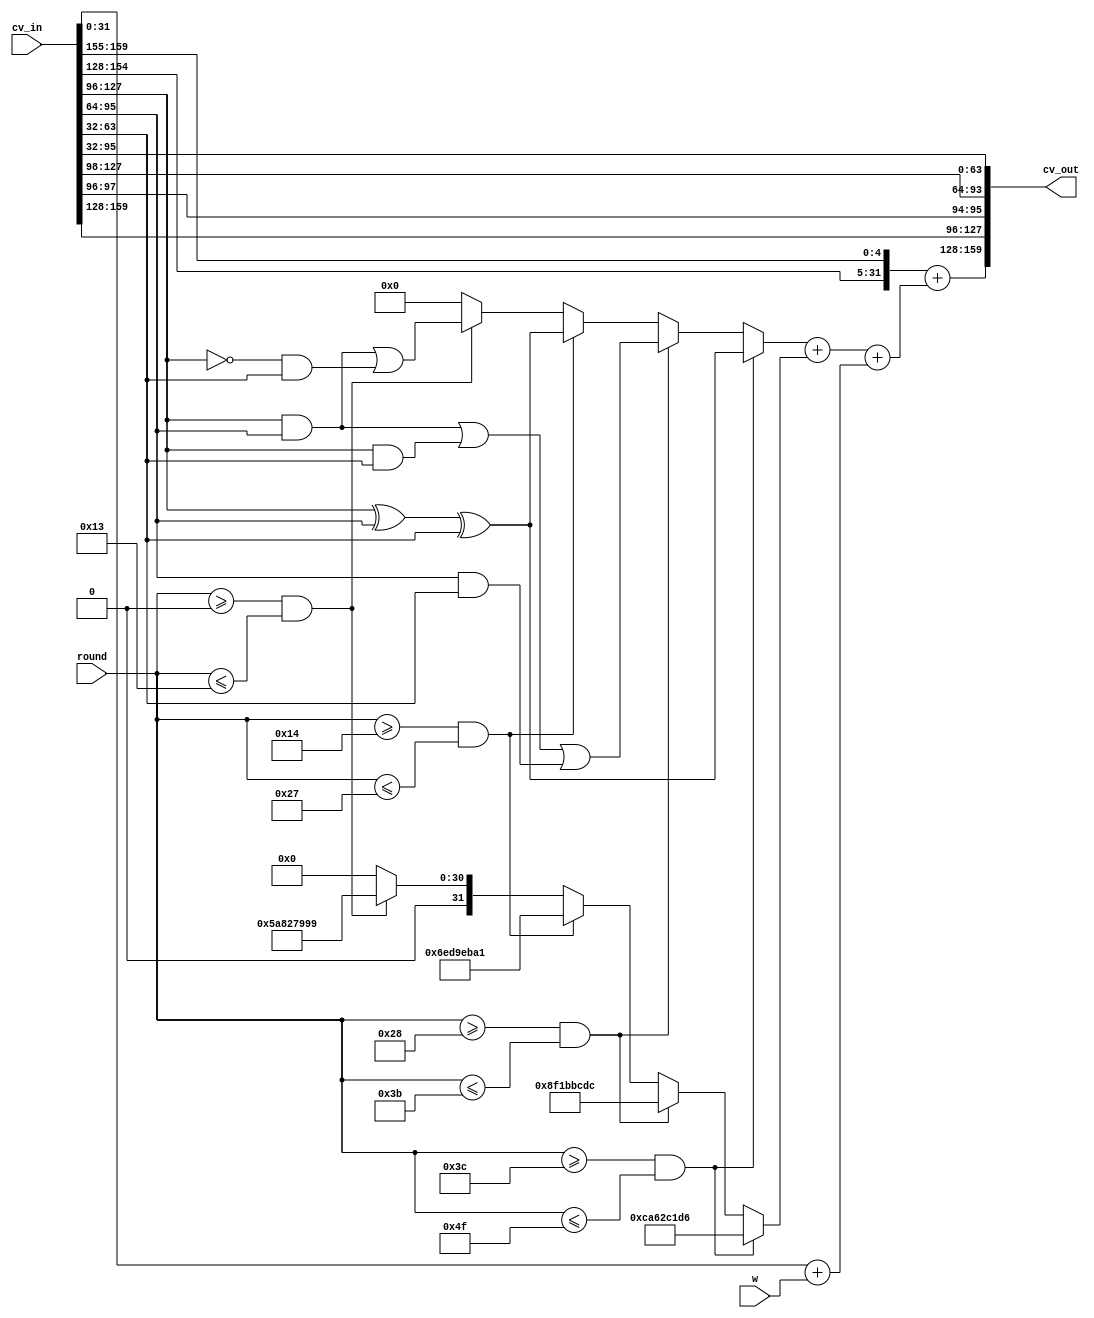
module sha1_round (cv_in, w, round, cv_out);

   input [159:0] cv_in;
   input [31:0]  w;
   input [6:0]   round;
   output [159:0] cv_out;

   reg [31:0]     k;
   reg [31:0]     f;
   wire [31:0]    a_shift;
   wire [31:0]    b_shift;
   wire [31:0]    add_result;
   
   wire [31:0]    a = cv_in[159:128];
   wire [31:0]    b = cv_in[127:96];
   wire [31:0]    c = cv_in[95:64];
   wire [31:0]    d = cv_in[63:32];
   wire [31:0]    e = cv_in[31:0];

   // Perhaps this should be a case statement?
   // I want it to create 4 parallel comparators...
   always @(round)
     begin
        k = 32'd0;
        if ((round >= 7'd0) && (round <= 7'd19))
          k = 32'h5A827999;
        if ((round >= 7'd20) && (round <= 7'd39))
          k = 32'h6ED9EBA1;
        if ((round >= 7'd40) && (round <= 7'd59))
          k = 32'h8F1BBCDC;
        if ((round >= 7'd60) && (round <= 7'd79))
          k = 32'hCA62C1D6;
     end // always @ (round)

   // Perhaps this should be a case statement?
   // I want it to create 4 parallel comparators...
   always @(round or b or c or d)
     begin
        f = 32'd0;
        if ((round >= 7'd0) && (round <= 7'd19))
          f = ((b & c) | (~b & d));
        if ((round >= 7'd20) && (round <= 7'd39))
          f = (b ^ c ^ d);
        if ((round >= 7'd40) && (round <= 7'd59))
          f = ((b & c) | (b & d) | (c & d));
        if ((round >= 7'd60) && (round <= 7'd79))
          f = (b ^ c ^ d);
     end // always @ (round or b or c or d)
   
   assign a_shift = {a[26:0], a[31:27]};
   assign b_shift = {b[1:0], b[31:2]};

   // Attempt to group early signals early...
   // e and w come from register outputs
   // k is 6 bit comparator & mux delay
   // f is 6 bit comparator & mux delay & computation
   // a is shift 5 from previous round
   assign add_result = (a_shift + ((f + k) + (e + w)));
   assign cv_out = {add_result, a, b_shift, c, d};

endmodule